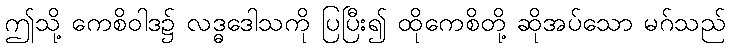
ဤသို့ ကေစိဝါဒ၌ လဒ္ဓဒေါသကို ပြပြီး၍ ထိုကေစိတို့ ဆိုအပ်သော မဂ်သည်